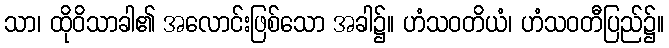
သာ၊ ထိုဝိသာခါ၏ အလောင်းဖြစ်သော အခါ၌။ ဟံသဝတိယံ၊ ဟံသဝတီပြည်၌။